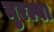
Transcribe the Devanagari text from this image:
मुरल्या